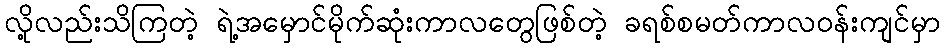
လို့လည်းသိကြတဲ့ ရဲ့အမှောင်မိုက်ဆုံးကာလတွေဖြစ်တဲ့ ခရစ်စမတ်ကာလဝန်းကျင်မှာ